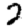
Digit: 2